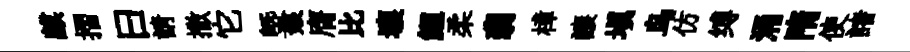
麒摺曰請撒它塈娘膺比壤鯉柔翡樟譲填鸟仿缚涌隋使諸